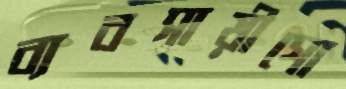
ব্যবসায়ীগো